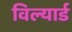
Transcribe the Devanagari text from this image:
विल्यार्ड